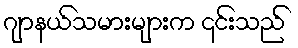
ဂျာနယ်သမားများက ၎င်းသည်